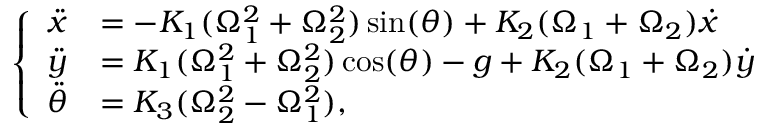
\left\{ \begin{array} { l l } { \ddot { x } } & { = - K _ { 1 } ( \Omega _ { 1 } ^ { 2 } + \Omega _ { 2 } ^ { 2 } ) \sin ( \theta ) + K _ { 2 } ( \Omega _ { 1 } + \Omega _ { 2 } ) \dot { x } } \\ { \ddot { y } } & { = K _ { 1 } ( \Omega _ { 1 } ^ { 2 } + \Omega _ { 2 } ^ { 2 } ) \cos ( \theta ) - g + K _ { 2 } ( \Omega _ { 1 } + \Omega _ { 2 } ) \dot { y } } \\ { \ddot { \theta } } & { = K _ { 3 } ( \Omega _ { 2 } ^ { 2 } - \Omega _ { 1 } ^ { 2 } ) , } \end{array} \right.